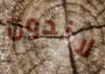
لاندون